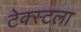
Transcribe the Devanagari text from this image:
टेक्स्टला